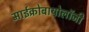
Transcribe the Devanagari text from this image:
माईक्रोबायोलॉजी